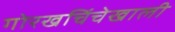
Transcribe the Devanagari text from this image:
गोरखचिंचेखाली